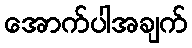
အောက်ပါအချက်